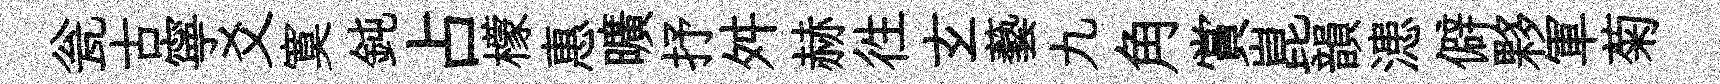
瓮古寧爻寞鈍占檬惠曠抒舛赫徃𤣥藝九角賞崑韻漶僻夥軍菊